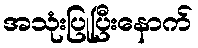
အသုံးပြုပြီးနောက်